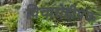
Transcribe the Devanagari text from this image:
विचारोद्दीपक